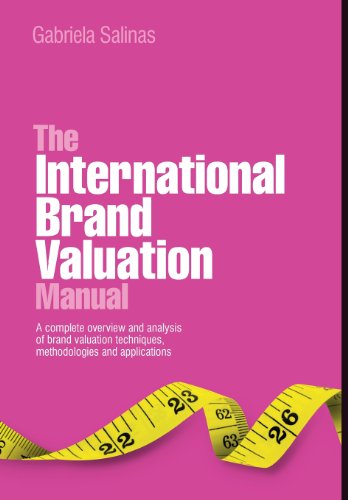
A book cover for The International Brand Valuation Manual: A complete overview and analysis of brand valuation techniques, methodologies and applications; Gabriela Salinas; Business & Money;